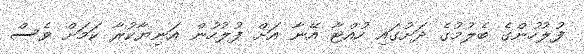
ފުލުހުންގެ ބެލުމުގެ ދަށުގައި ހުއްޓާ އޭނާ އަށް ފުލުހުން އަނިޔާކުރާ ކަމަށް ވެސް